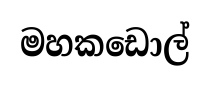
මහකඩොල්